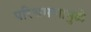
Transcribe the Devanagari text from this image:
परिभ्रमणामुळे